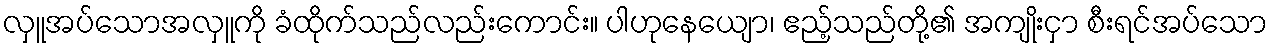
လှူအပ်သောအလှူကို ခံထိုက်သည်လည်းကောင်း။ ပါဟုနေယျော၊ ဧည့်သည်တို့၏ အကျိုးငှာ စီးရင်အပ်သော